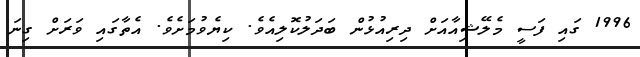
1996 ގައި ފަސީ މެލޭޝިއާއަށް ދިރިއުޅުން ބަދަލުކޮލިއެވެ. ކިޔެވުމަށެވެ. އެތާގައި ވަރަށް ގިނަ